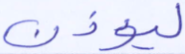
ليؤذن